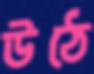
উঠে